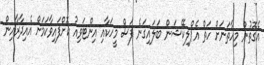
އެގޮތުން މިހާތަނަށް ހަތް އެޕްލިކޭޝަން ބަލައިގަނެ ފަސް މީހަކާއި އިންޓަވިއު ކޮށްފައިވާކަމަށް އެއިދާރާއިން